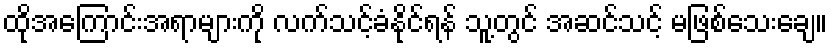
ထိုအကြောင်းအရာများကို လက်သင့်ခံနိုင်ရန် သူ့တွင် အဆင်သင့် မဖြစ်သေးချေ။